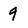
Character: 9